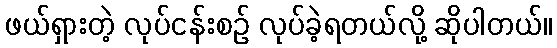
ဖယ်ရှားတဲ့ လုပ်ငန်းစဉ် လုပ်ခဲ့ရတယ်လို့ ဆိုပါတယ်။